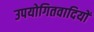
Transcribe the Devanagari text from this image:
उपयोगितवादियों